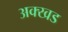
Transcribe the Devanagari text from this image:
अक्खड